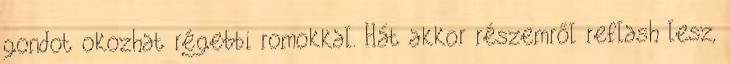
gondot okozhat régebbi romokkal. Hát akkor részemről reflash lesz,